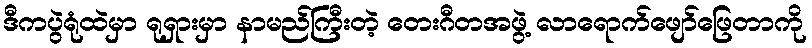
ဒီကပွဲရုံထဲမှာ ရုရှားမှာ နာမည်ကြီးတဲ့ တေးဂီတအဖွဲ့ လာရောက်ဖျော်ဖြေတာကို